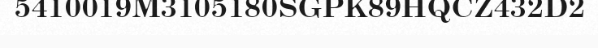
5410019M3105180SGPK89HQCZ432D2